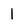
Character: 1